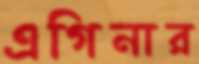
এগিনার